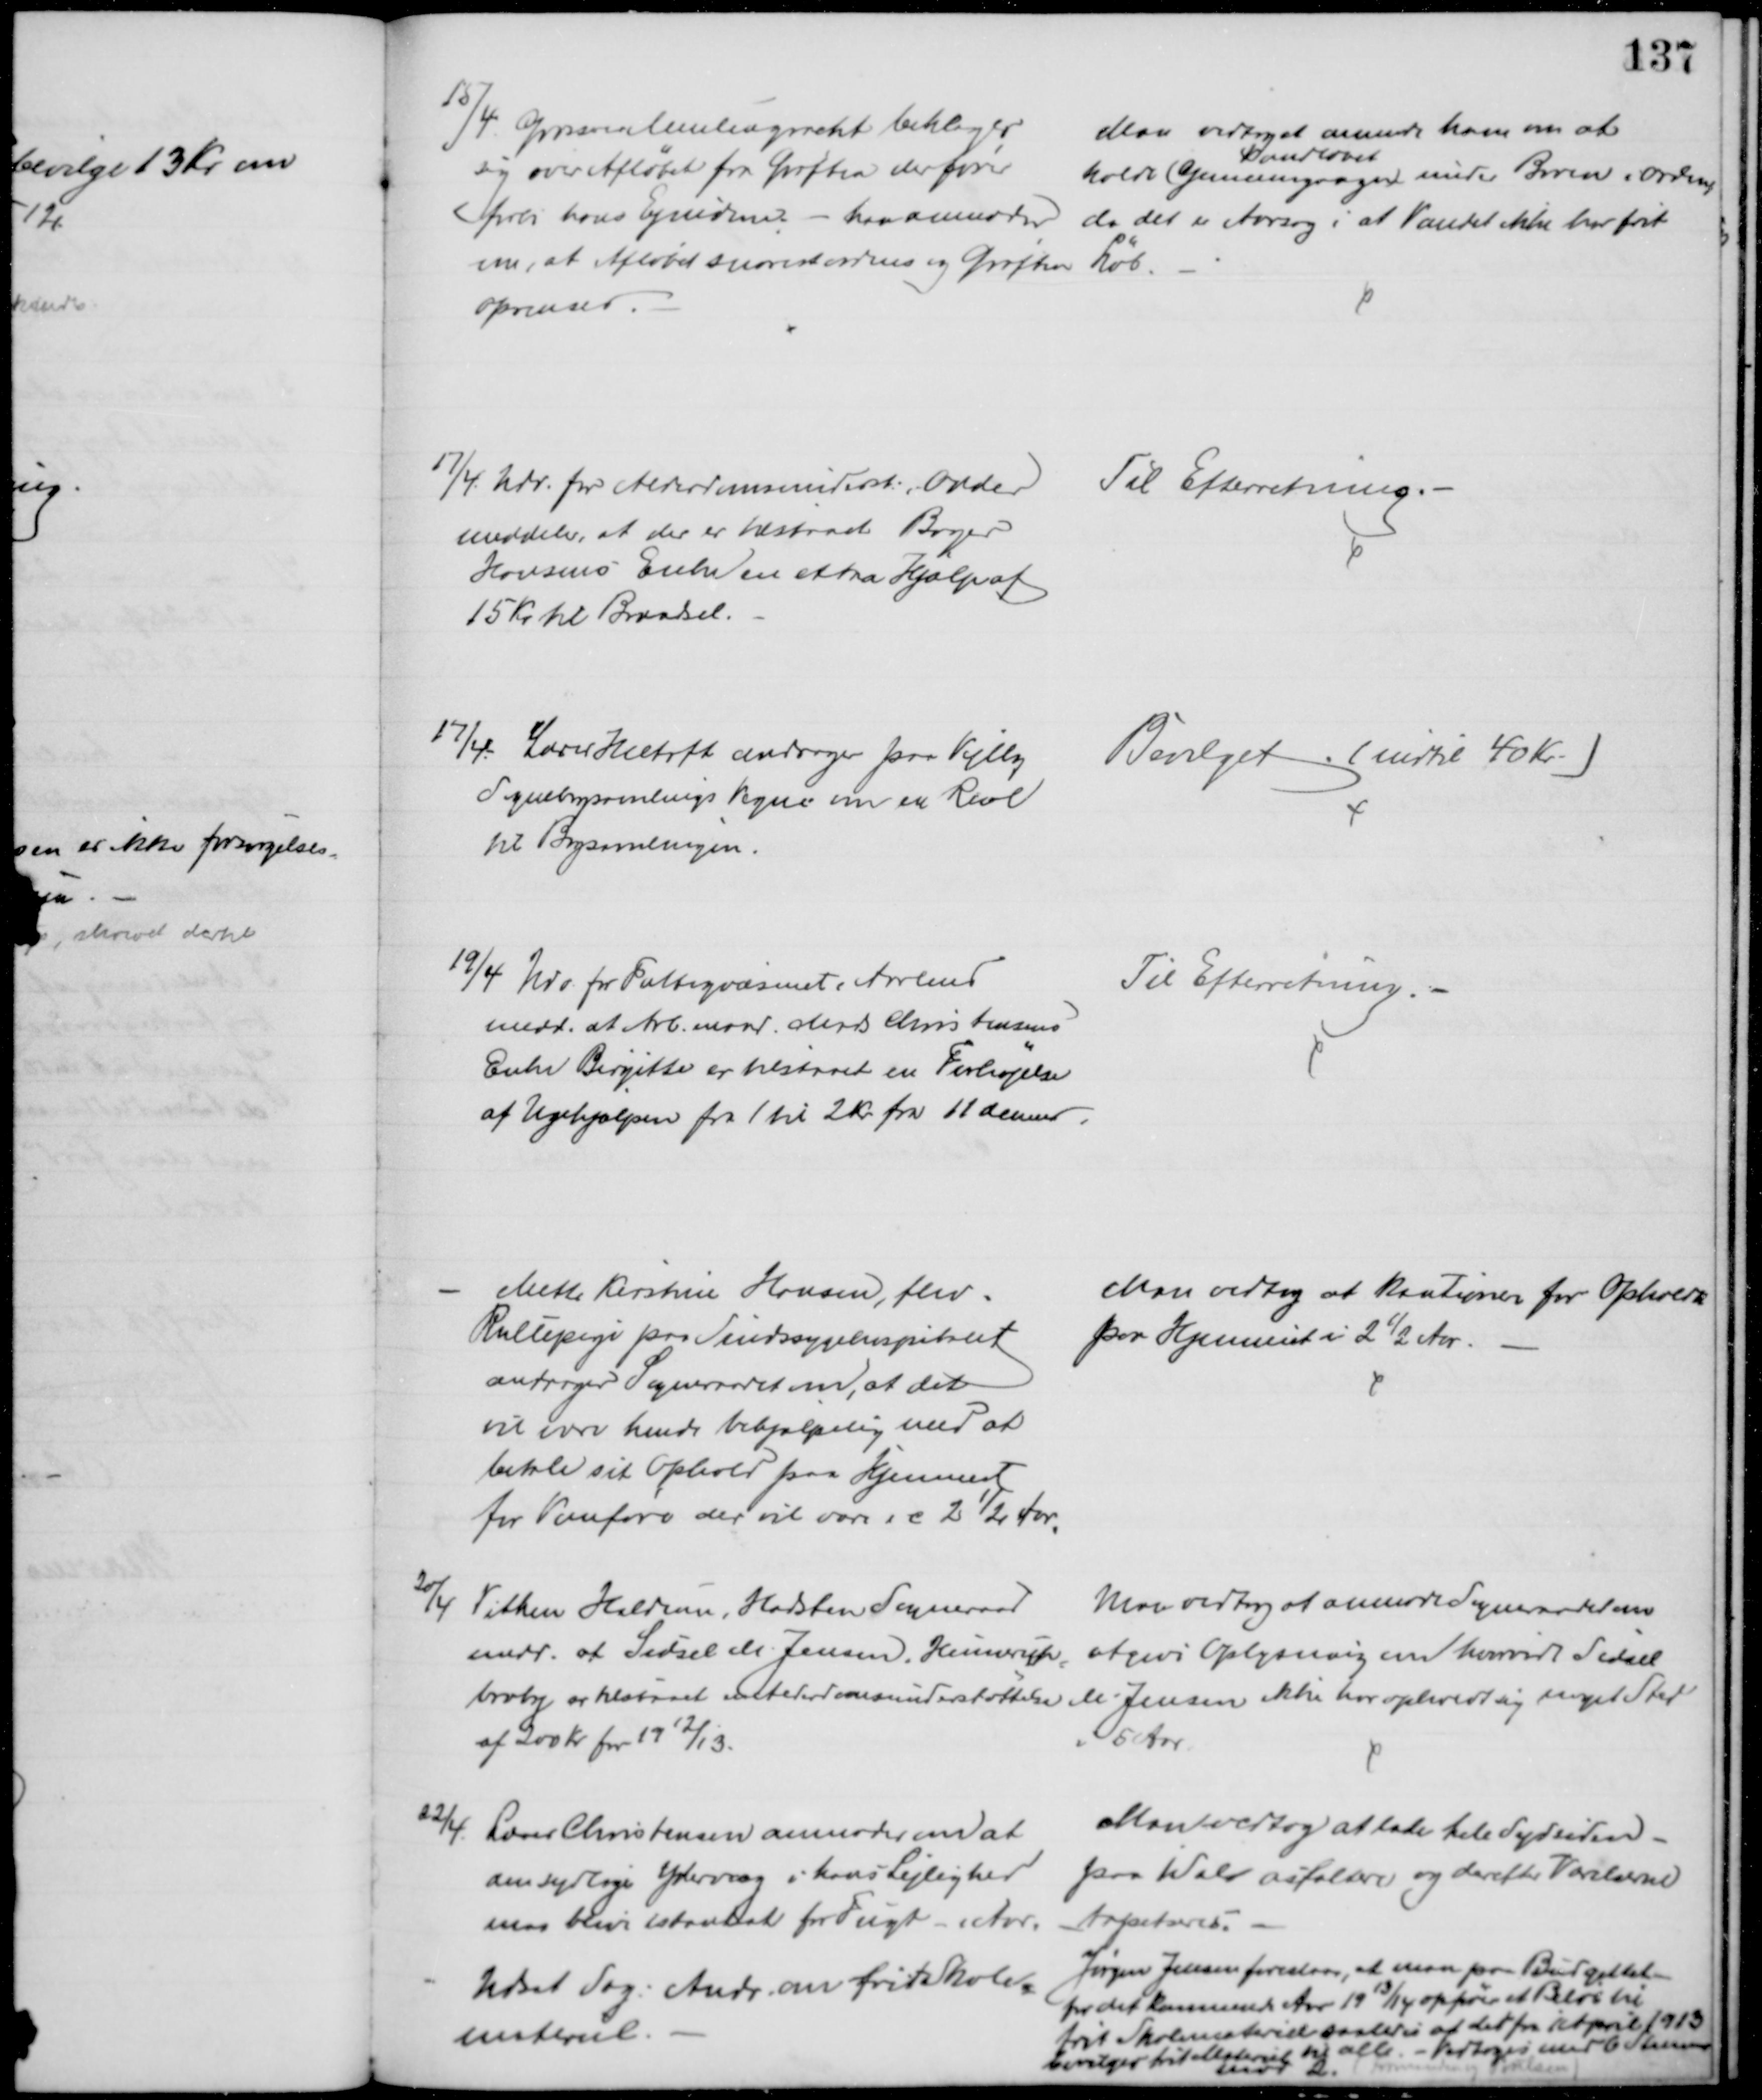
Transskription:
15/4. Grosserer Meulengracht beklager
sig over Afløbet fra Grøften der fører
forbi hans Ejndom; - han anmoder 
om, at Afløbet snarest ordnes og Grøften
oprenses
Man vedtog at anmode ham om at
holde (Gennemgangen) 
Vandløbet
under Broen i orden,
da det er Aarsag i at Vandet ikke har frit
Løb.
17/4. Udv. for Alderdomsunderst. i Odder
meddeler, at der er tilstraat Bager
Hansens Enke en extra Hjælp af
15 Kr. til Brændsel.
Til Efterretning.
17/4. Lærer Heltoft andrager paa Vejlby
Sognebogsamlings Vegne om en Reol
til Bogsamlingen.
Bevilget. (indtil 40 Kr.)
19/4 Udv. for Fattigvæsenet i Aarhus
medd. at Arb.mand Mads Christensens 
Enke Birgitte er tilstaaet en Forhøjelse
af Ugehjælpen fra 1 til 2 Kr fra 11 dennes.
Til Efterretning.
Mette Kirstine Hansen, fhv.
Rullepige paa Sindssygehospitalet
andrager Sogneraadet om, at det
vil være hende behjælpelig med at 
betale sit Ophold paa Hjemmet
for Vanføre der vil vare i c 2½ Aar,
Man vedtog at kautionere for Opholdet
paa Hjemmet i 2½ Aar
20/4
Vithen Haldum, Hadsten Sogneraad
medd. at Sidsel M. Jensen, Hinnerup
=
broby er tilstaaet en Alderdomsunderstøttelse
af 200 Kr for 1912/13.
Man vedtog at anmode Sogneraadet om
at give Oplysning om hvorvidt Sidsel
M. Jensen ikke har opholdt sig noget Sted
i 5 Aar
22/4 Lærer Christensen anmoder om at
den sydlige Ydervæg i hans Lejlighed
maa blive istandsat for Fugt i Aar.
Man vedtog at lade hele Sydsiden
paa 1 Sal asfaltere og derefter Værelserne
tapetseres.
Udsat Sag. Andr. om frit Skole
=
materiel.
Jørgen Jensen foreslaar, at man paa Budgettet
for det kommende Aar 1913/14 opfører et Beløb til 
frit Skolemateriel saaledes at der fra April 1913
bevilges frit Materiel til alle - Vedtoges med 6 Stemmer
imod 2.
(Formanden og Poulsen)